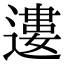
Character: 遱